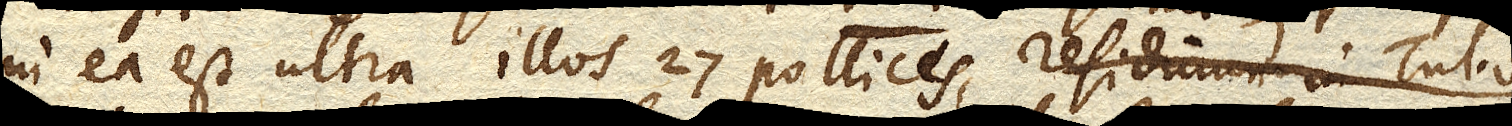
in ea est ultra illos 27 pollices, residuum in Tubo